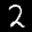
Label: 2